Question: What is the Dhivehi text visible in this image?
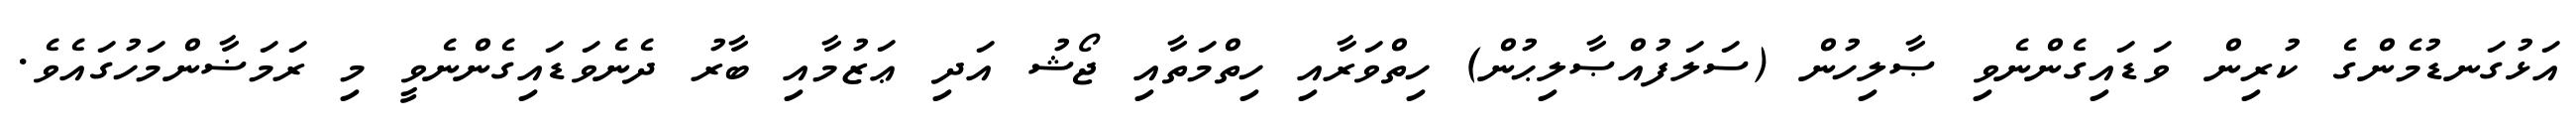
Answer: އަޅުގަނޑުމެންގެ ކުރިން ވަޑައިގެންނެވި ޞާލިހުން (ސަލަފުއްޞާލިޙުން) ހިތްވަރާއި ހިތްމަތާއި ޖޯޝު އަދި ޢަޒުމާއި ބާރު ދެނެވަޑައިގެންނެވީ މި ރަމަޟާންމަހުގައެވެ.